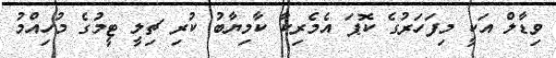
ވިޑާލް އަކީ މިފަހަރުގެ ކޮޕަ އެމެރިކާ ކާމިޔާބު ކުރި ޗިލީ ޓީމުގެ މުހިއްމު